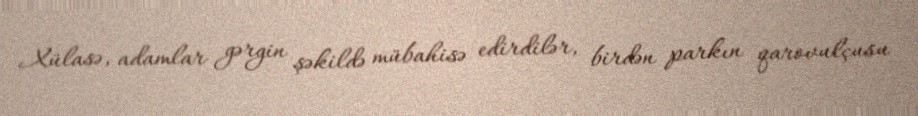
Xülasə, adamlar gərgin şəkildə mübahisə edirdilər, birdən parkın qarovulçusu